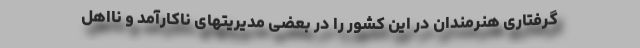
گرفتاری هنرمندان در این کشور را در بعضی مدیریتهای ناکارآمد و نااهل